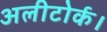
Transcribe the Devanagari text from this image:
अलीटोर्क।